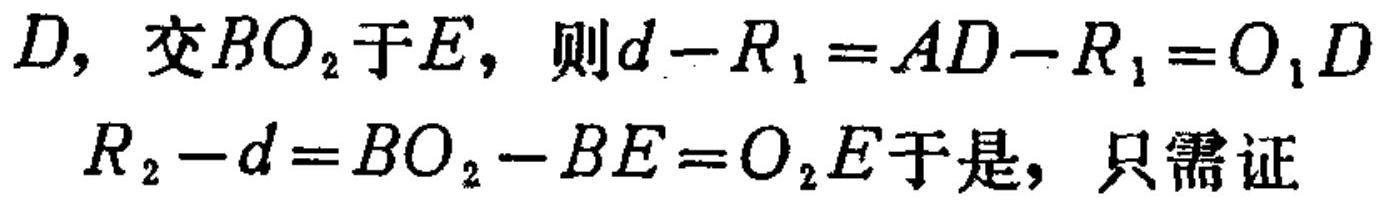
\(D\)，交\(BO_{2}\)于\(E\)，则\(d - R_{1}=AD - R_{1}=O_{1}D\)
\(R_{2}-d = BO_{2}-BE = O_{2}E\)于是，只需证